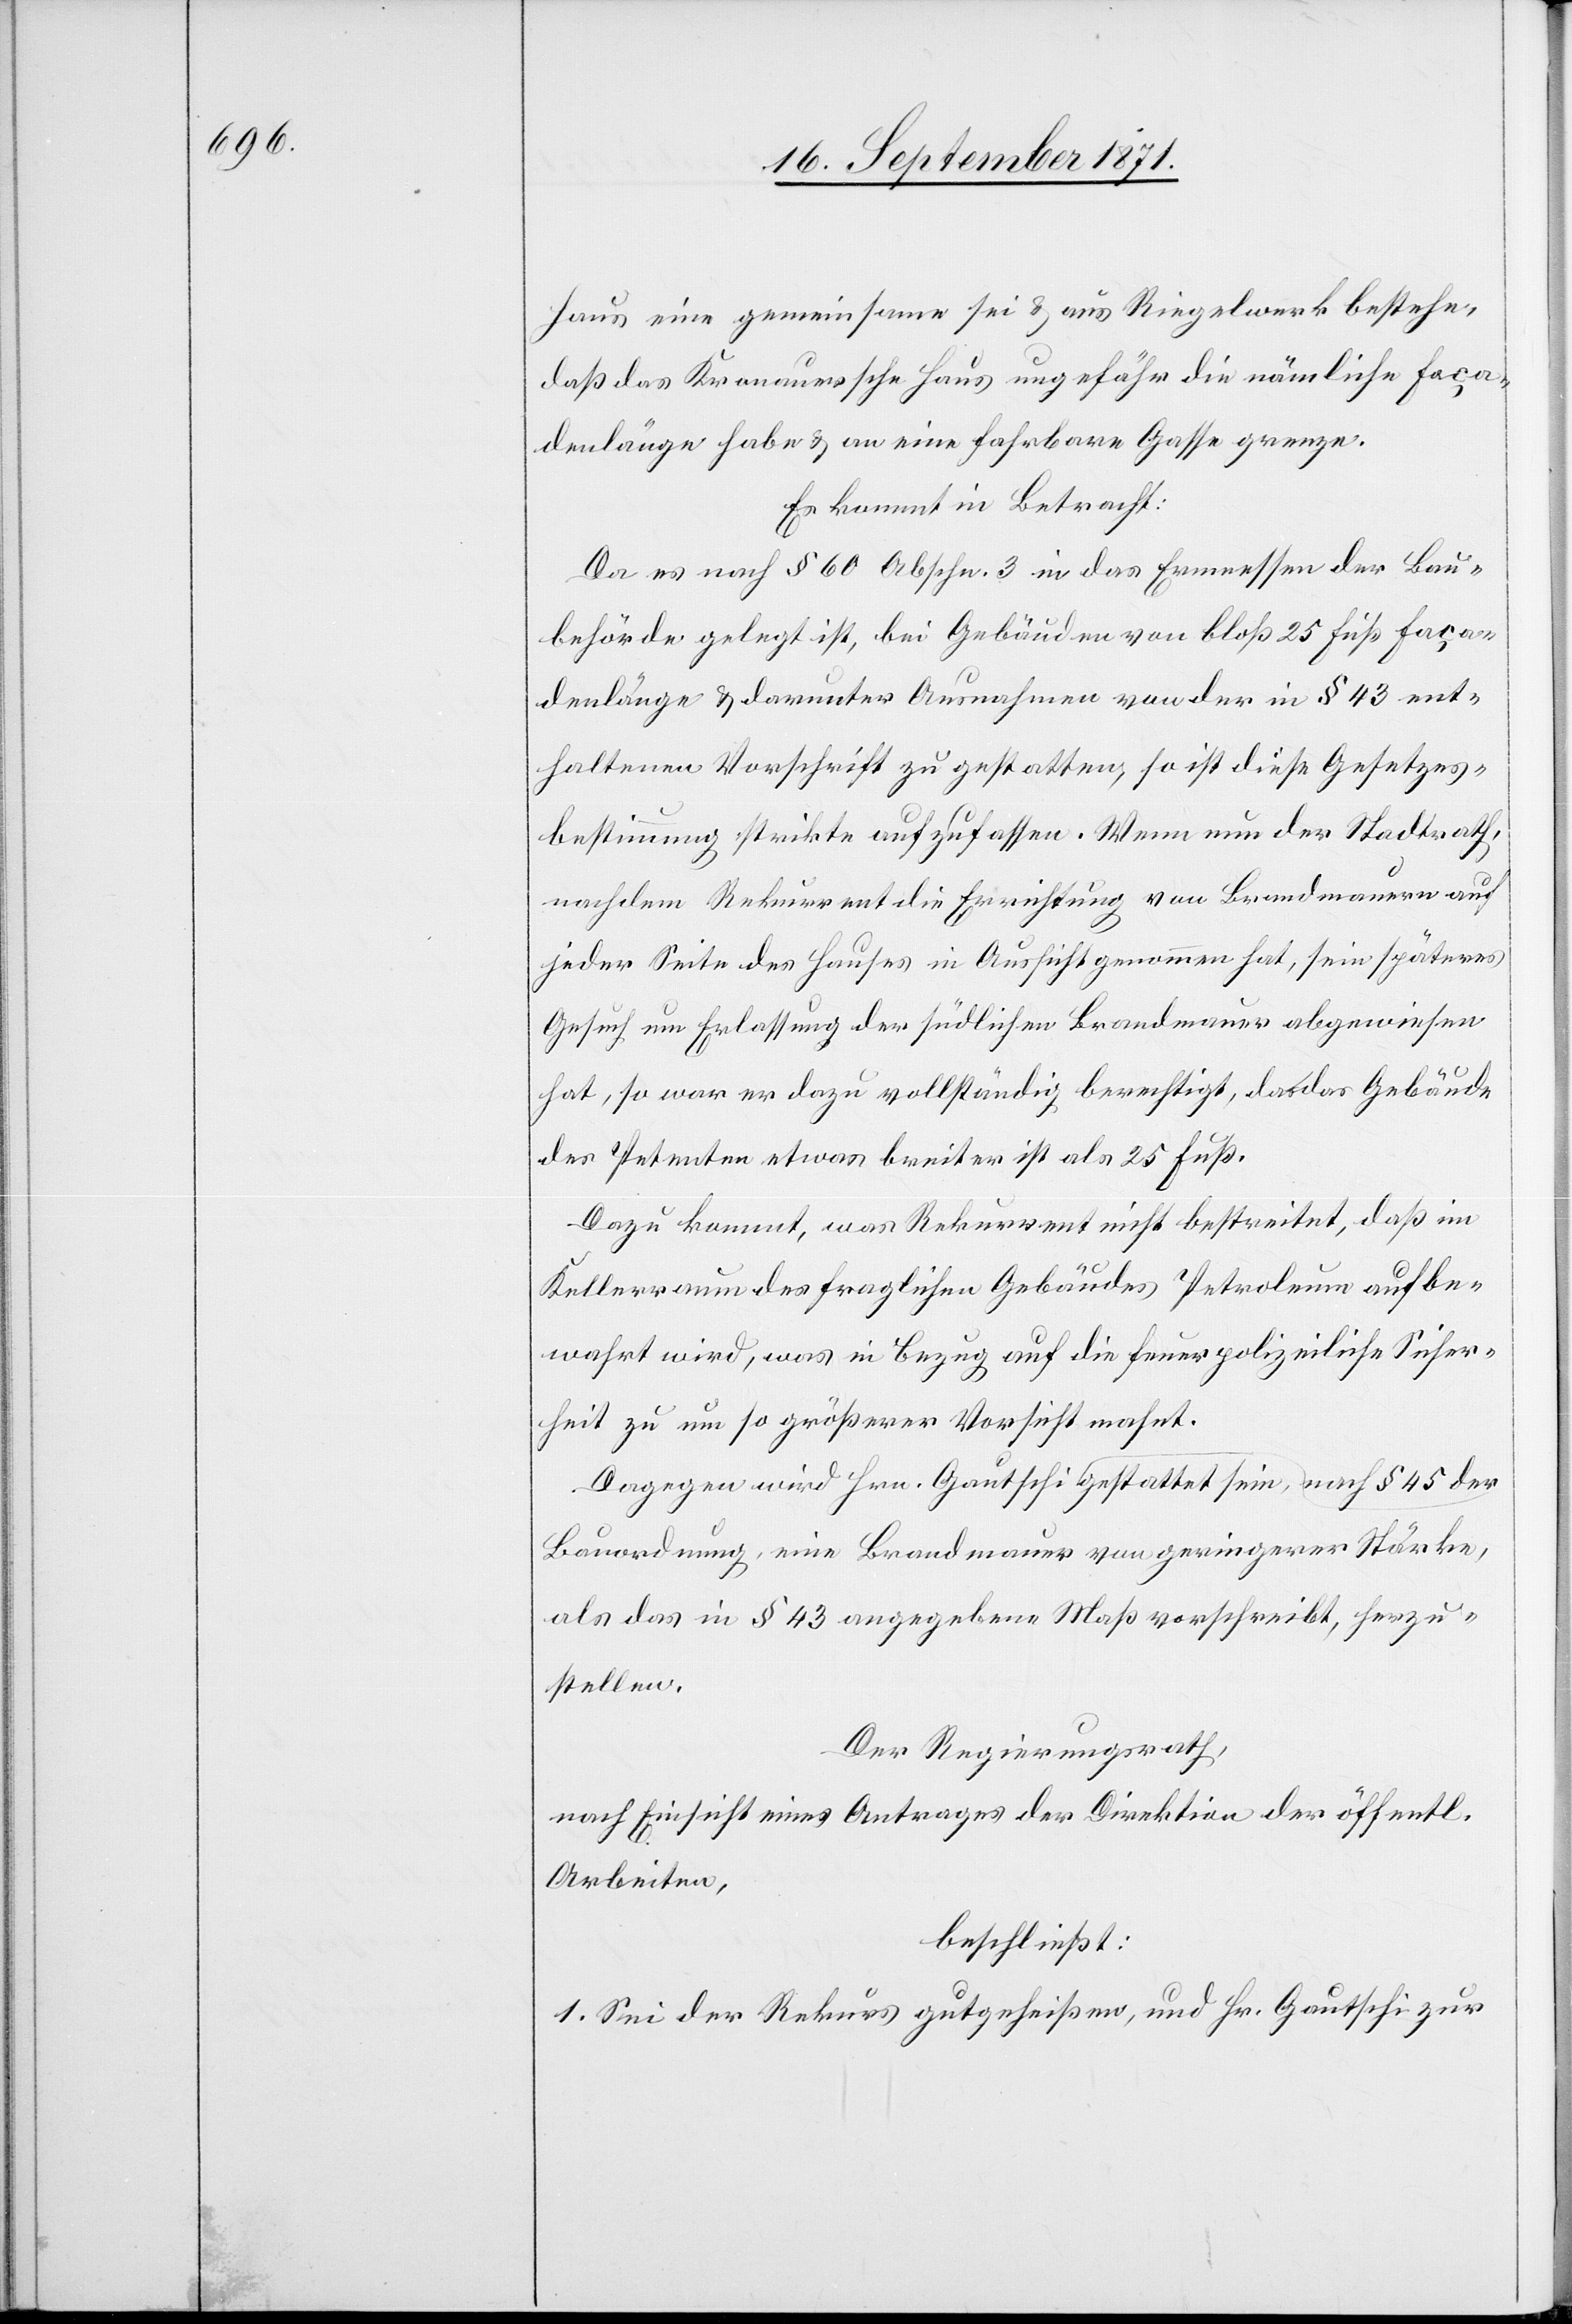
Haus eine gemeinsame sei & aus Riegelwerk bestehe,
daß das Kronauersche Haus ungefähr die nämliche Faça¬
denlänge habe & an eine fahrbare Gasse grenze.
Es kommt in Betracht:
Da es nach § 60 Abschn. 3 in das Ermessen der Bau¬
behörde gelegt ist, bei Gebäuden von bloß 25 Fuß Faça¬
denlänge & darunter Ausnahmen von der in § 43 ent¬
haltenen Vorschrift zu gestatten, so ist diese Gesetzes¬
bestimmung strikte aufzufassen. Wenn nun der Stadtrath
nachdem Rekurrent die Errichtung von Brandmauern auf
jede Seite des Hauses in Aussicht genommen hat, sein späteres
Gesuch um Erlassung der südlichen Brandmauer abgewiesen
hat, so war er dazu vollständig berechtigt, da das Gebäude
des Petenten etwas breiter ist als 25 Fuß.
Dazu kommt, was Rekurrent nicht bestreitet, daß im
Kellerraum des fraglichen Gebäudes Petroleum aufbe¬
wahrt wird, was in Bezug auf die feuerpolizeiliche Sicher¬
heit zu um so größerer Vorschrift mahnt.
Dagegen wird Hrn. Gautschi nach § 45 der Bauordnung ges¬
tattet sein, eine Brandmauer von geringerer Stärke,
als das in § 43 angegebene Maß vorschreibt, herzu¬
stellen.
Der Regierungsrath,
nach Einsicht eines Antrages der Direktion der öffentl.
Arbeiten,
beschließt:
1. Sei der Rekurs gutgeheißen, und Hr. Gautschi zur